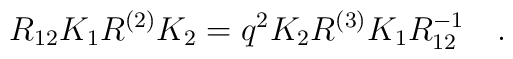
R_{12} K_{1} R^{(2)} K_{2} = q^2  K_{2} R^{(3)} K_{1} R_{12}^{-1} \quad .